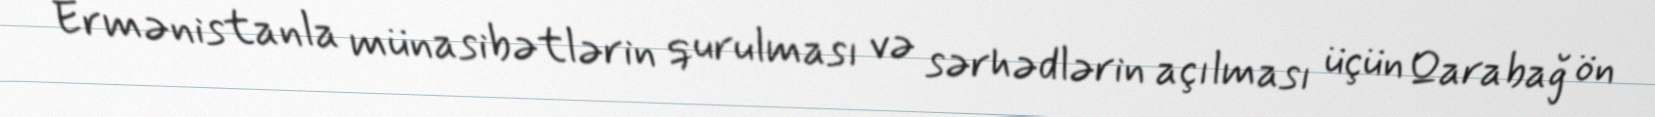
Ermənistanla münasibətlərin qurulması və sərhədlərin açılması üçün Qarabağ ön